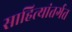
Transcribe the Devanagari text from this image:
साहित्यांतर्गत